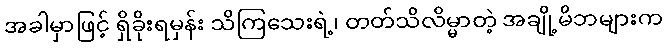
အခါမှာဖြင့် ရှိခိုးရမှန်း သိကြသေးရဲ့၊ တတ်သိလိမ္မာတဲ့ အချို့မိဘများက